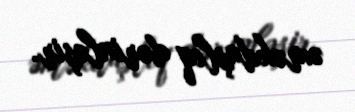
əməkdaşlıq dərinləşir.